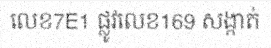
លេខ7E1 ផ្លូវលេខ169 សង្កាត់